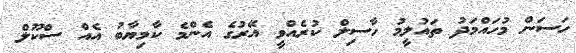
ހަސަން މުހައްމަދު ތައުލީމު ހާސިލް ކުރެއްވީ އޭރުގެ އެންމެ ކާމިޔާބު އެއް ސްކޫލް